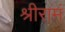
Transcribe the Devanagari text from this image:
श्रीरामं